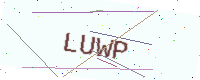
Text: LUWP